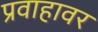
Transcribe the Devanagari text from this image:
प्रवाहावर